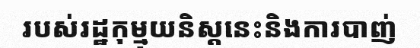
របស់រដ្ឋកុម្មុយនិស្តនេះនិងការបាញ់